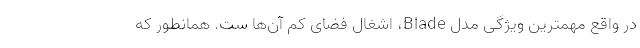
در واقع مهمترین ویژگی مدل Blade، اشغال فضای کم آن‌ها ست. همانطور که